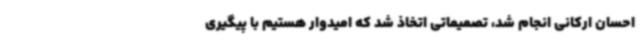
احسان ارکانی انجام شد، تصمیماتی اتخاذ شد که امیدوار هستیم با پیگیری